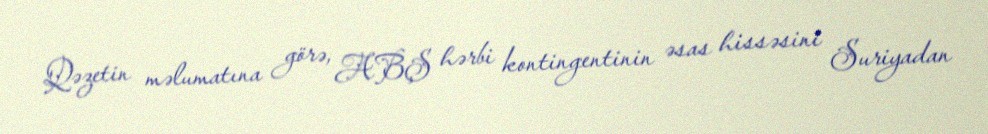
Qəzetin məlumatına görə, ABŞ hərbi kontingentinin əsas hissəsini Suriyadan